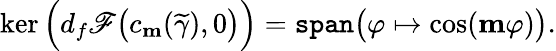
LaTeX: \ker\Big(d_{f}\mathscr{F}\big(c_{\mathbf{m}}(\widetilde{\gamma}),0\big)\Big)=\mathtt{span}\big(\varphi\mapsto\cos(\mathbf{m}\varphi)\big).